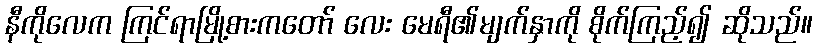
နီကိုလေက ကြင်ရာမြို့စားကတော် လေး မေရီ၏မျက်နှာကို စိုက်ကြည့်၍ ဆိုသည်။